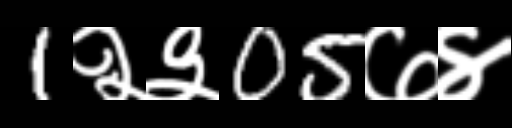
Text: 1२३05७४